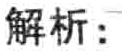
解析：